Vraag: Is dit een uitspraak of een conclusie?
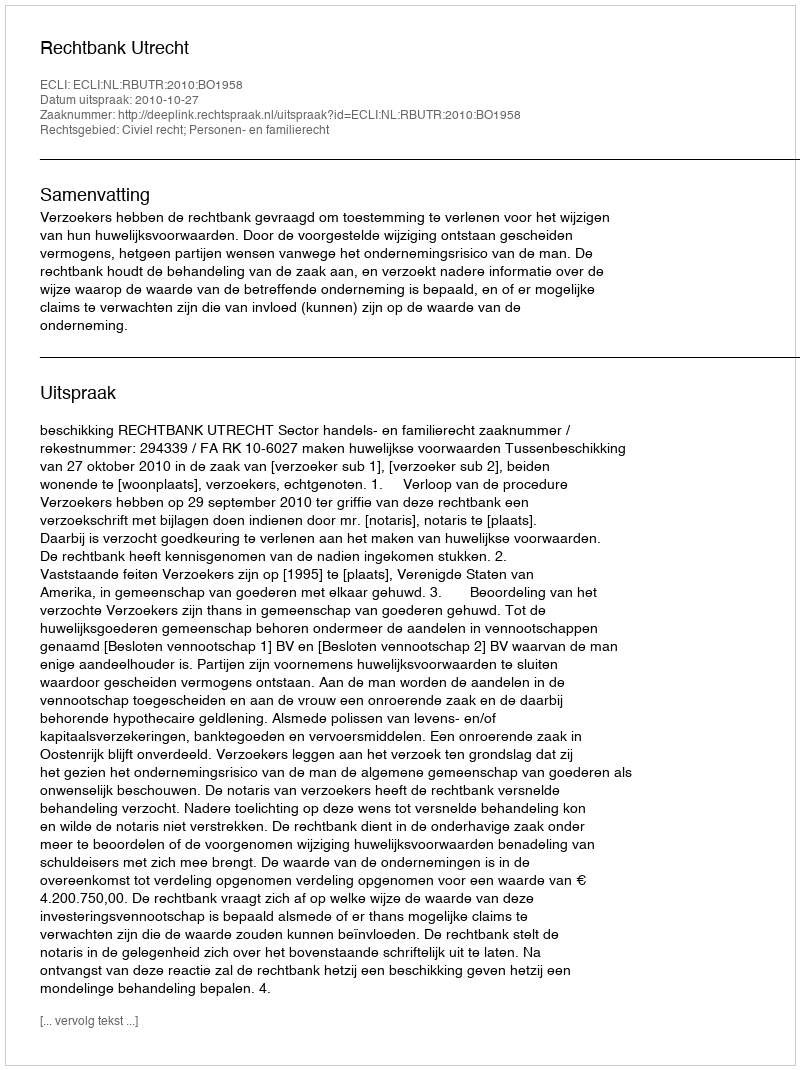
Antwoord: Uitspraak